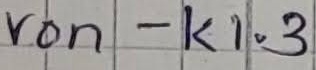
Text: von - K1.3